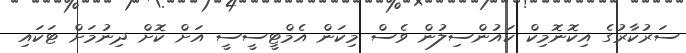
ސަރުކާރުގެ އިކޮނޮމިކް ކައުންސިލުން ވެސް މިކަން އެމްޓީސީސީ އަށް ކޮށް ދިނުމަށް ޓަކައި